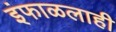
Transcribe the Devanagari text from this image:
इंफाळलाही